Annual returns of the Patna Lunatic Asylum at Bankipore in Bihar and Orissa - 1912-1924
Year: 1912
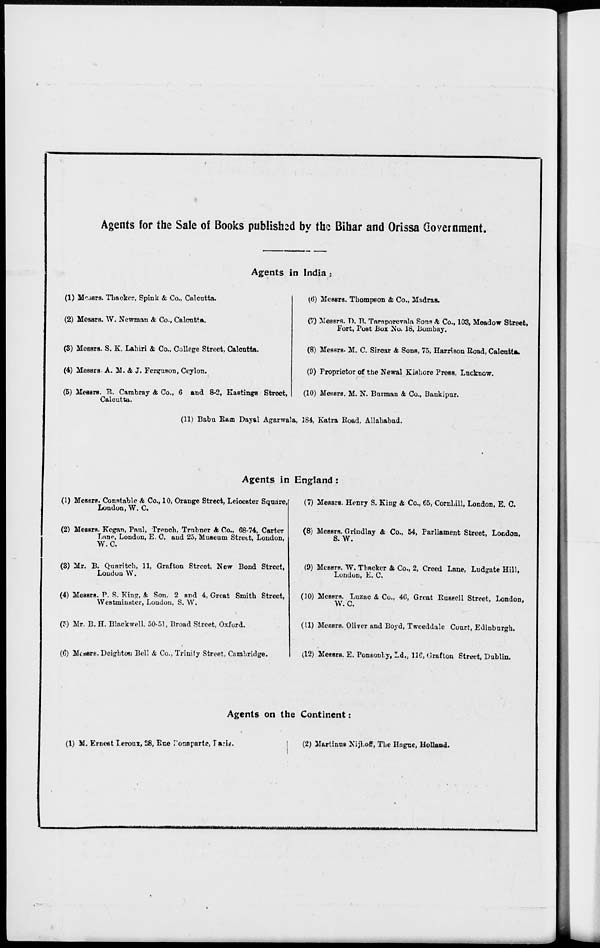
Agents for the Sale of Books published by the Bihar and Orissa Government.
Agents in India :
(1) Messrs. Thacker, Spink & Co., Calcutta.
(2) Messrs. W. Newman & Co., Calcutta.
(3) Messrs. S. K. Lahiri & Co., College Street, Calcutta.
(4) Messrs. A. M. & J. Ferguson, Ceylon.
(5) Measrs. P., Cambray & Co., 6 and 8-2, Eastings Street,
Calcutta.
(6) Messrs. Thompson & Co., Madras.
(7) Messrs. D. R. Taraporevala Sons & Co., 103, Meadow Street,
Fort, Post Box No. 18, Bombay.
(8) Messrs. M. C. Sircar & Sons, 75, Harrison Road, Calcutta.
(9) Proprietor of the Newal Kishore Press, Lucknow.
(10) Messrs. M. N. Burman & Co., Bankipur.
(11) Babu Ram Dayal Agarwala, 184, Katra Road, Allahabad.
Agents in England :
(1) Messrs. Constable & Co., 10, Orange Street, Leicester Square,
London, W. C.
(2) Messrs. Kegan, Paul, Trench, Trubner & Co., 68-74, Carter
Lane, London, E. C. and 25, Museum Street, London,
W.C.
(3) Mr. B. Quaritch, 11, Grafton Street, New Bond Street,
Loudon W.
(4) Messrs. P. S. King, & Son. 2 and 4, Great Smith Street,
Westminster, London, S. W.
(5) Mr. B. H. Blackwell, 50-51, Broad Street, Oxford.
(6) Messrs.Deighton Bell & Co., Trinity Street, Cambridge.
(7) Messrs. Henry S. King & Co., 65, Cornhill, London, E. C.
(8) Messrs. Grindlay & Co., 54, Parliament Street, London,
S.W.
(9) Messrs. W. Thacker & Co., 2, Creed Lane, Ludgate Hill,
London, E. C.
(10) Messrs. Luzac & Co., 46, Great Russell Street, London,
W. C.
(11) Messrs. Oliver and Boyd, Tweeddale Court, Edinburgh.
(12) Messrs. E. Ponsonby,Ld., 116, Grafton Street, Dublin.
Agents on the Continent:
(1) M. Ernest Leroux, 28, Rue Ponsparte, Paris.
(2) Martinus Nijhoff, The Hague, Holland.